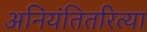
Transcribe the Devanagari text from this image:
अनियंतितरित्या